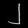
Digit: ၂